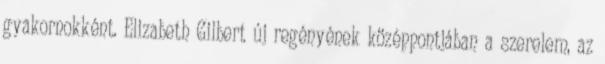
gyakornokként. Elizabeth Gilbert új regényének középpontjában a szerelem, az